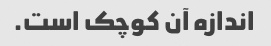
اندازه آن کوچک است.